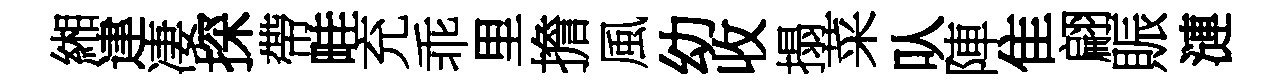
緗䢖凄探帶畦充乖里擔風幼收搨菜㕥陣隹翩賑漣